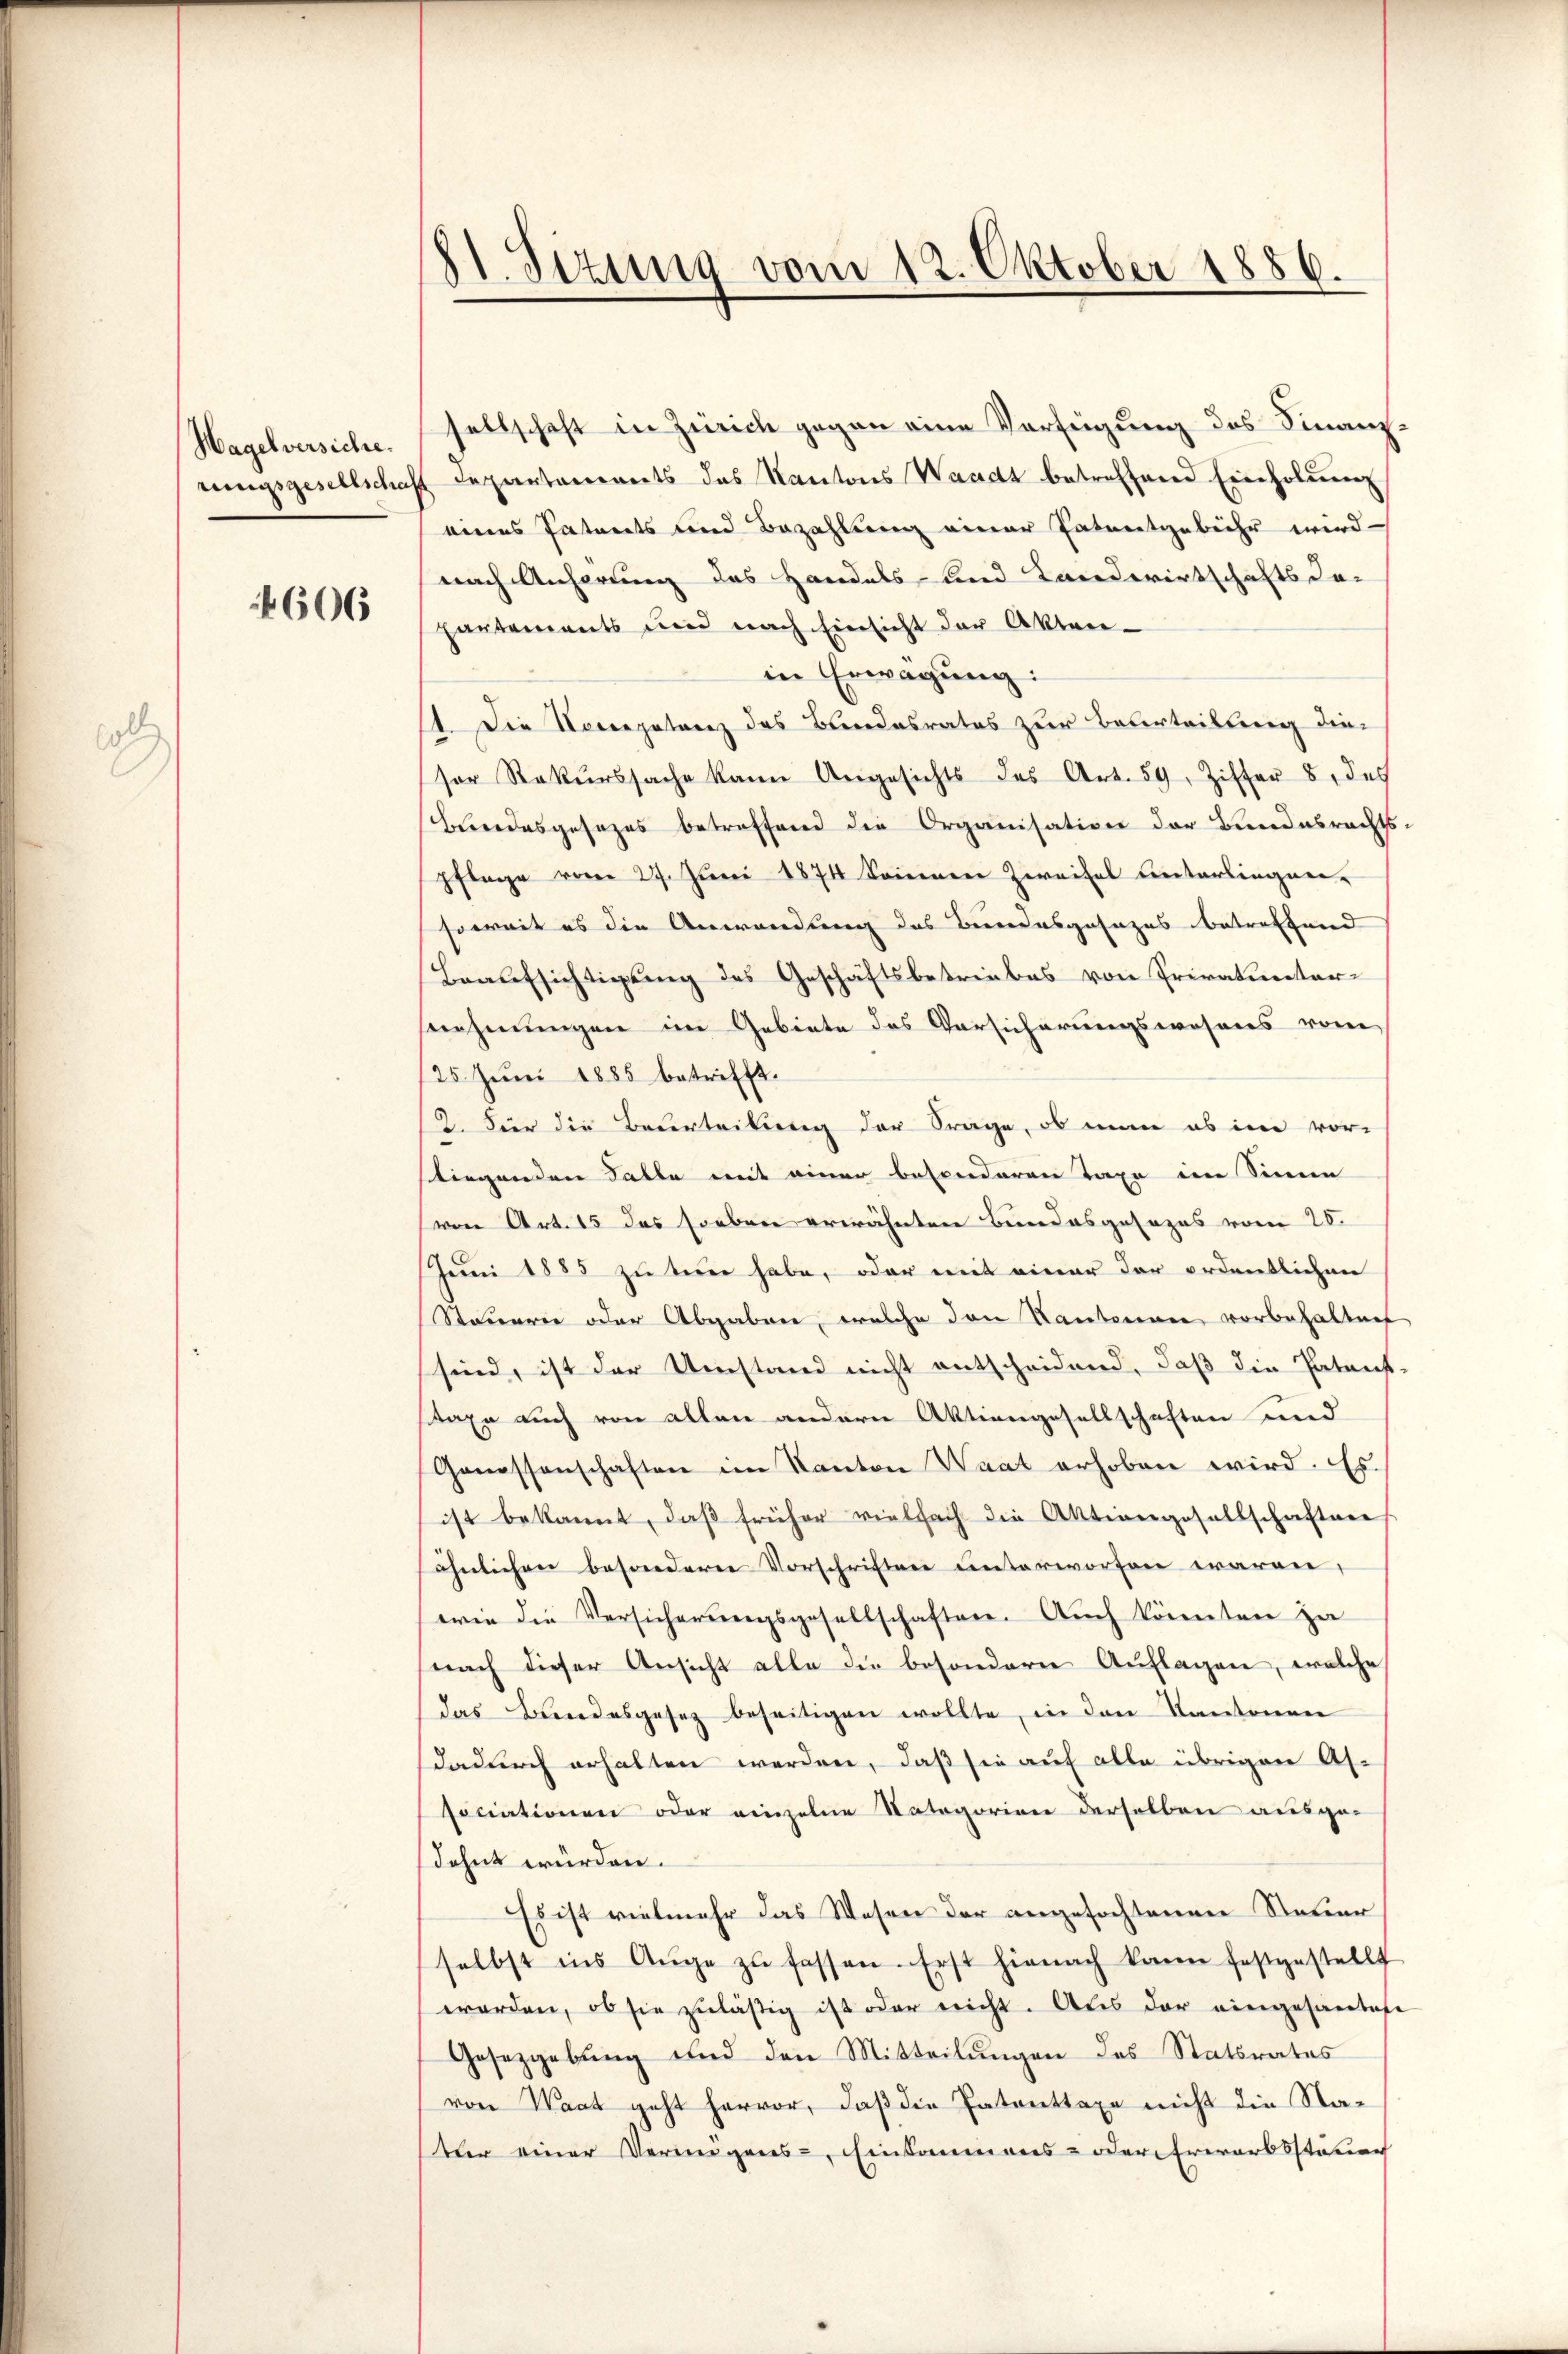
oll

Hagelversiche.

4606

81. Sizung vom 12. Oktober 1886.

sellschaft in Zürich gegen eine Verfügung des Finanzrungsgesellschaft Departaments des Kantons Waadt betreffend Einholung
eines Patents und Bezahlung einer Patentgebühr wird
nach Anhörung des Handels und Landwirtschafts da-
partements und nach Einsicht der Akten-
in Erwägung:
1. Die Noccepetenz des Bandesrates zur Beurteilung die-
sor Rekurssache kann Angesichts des Art. 59, Ziffer 8. des
Bundesgesezes betreffend die Organisation der Bundesrechts-
pflege vom 27. Juni 1874 kommen Zweifel unterliegen-
soweit es die Anwendung des Bundesgesezes betreffend
Beaufsichtigung des Geschäftsbetriebes von Privatuntersnehmungen im Gebiete des Vorsicherungswesens von
25. Juni 1885 betrifft.
2. Für die Beurteilung der Frage, ob man es im vor-
stiegenden Falle mit einer besonderen Taxe im Sinne
von Art. 15 das soeben erwähnten Bundesgesezes vom 20.
Juni 1885 zu teur habe, oder mit einer der ordentlichen
Steuerer oder Abgaben, welche den Kantonen vorbehalten
sind, ist der Umstand nicht entscheidend, daß die Patent-
saxe auch von allen andern Aktiengesellschaften und
Genessenschaften im Kanton Waat erhoben wird. Es
ist bekannt, daβ früher vielfach die Aktiengesellschaften
öhnlichen besonderer Vorschriften unterworfen waren,
wie die Versicherungsgesellschaften. Auch könnten zu
(nach dieser Ansicht alle die besondere Auflagen, welche
das Bundesgesez beseitigen wollte, in den Kantonen
dadurch erhalten werden, daß sie auf alle übrigen As-
sociationen oder einzelne Nategorien derselben ausgedehnt würden.
Es ist vielmehr das Wesen der angefochtenen Steuer
selbst ins Auge zu fassen. Erst hienach kann festgestellt
worden, ob sie zuläßig ist oder reicht. Als der eingesandtafe
Gesetzgebung und den Mitteilungen des Statsrates
von Waat geht hervor, daß die Patenttaxe nicht die Nater einer Vermögens-, Einsammens- oder Erwarbssteuer